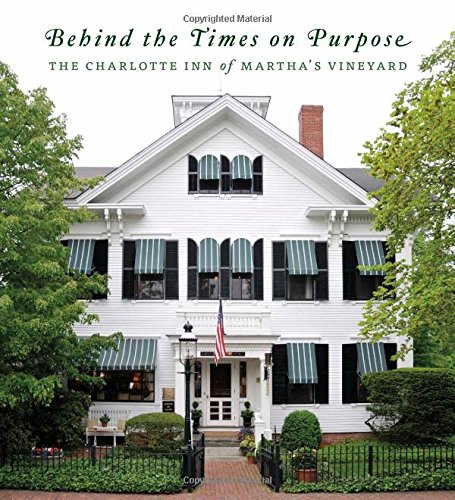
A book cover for Behind the Times on Purpose: The Charlotte Inn; Nina Bramhall; Travel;